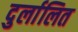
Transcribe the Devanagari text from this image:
दुर्लालित